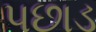
પછાડ